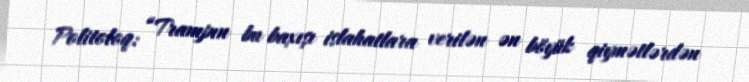
Politoloq: “Trampın bu baxışı islahatlara verilən ən böyük qiymətlərdən